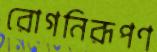
রোগনিরূপণ